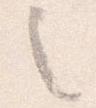
之